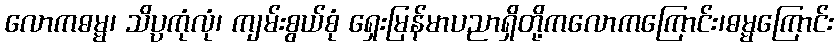
လောကဓမ္မ၊ သိပ္ပကုံလုံ၊ ကျမ်းစွယ်စုံ ရှေးမြန်မာပညာရှိတို့ကလောကကြောင်း၊ဓမ္မကြောင်း